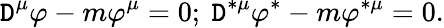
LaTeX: \mathtt{D}^{\mu}\varphi-m\varphi^{\mu}=0;\ \mathtt{D}^{\ast\mu}\varphi^{\ast}-m\varphi^{\ast\mu}=0.